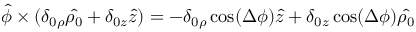
\hat { \phi } \times ( \delta _ { 0 \rho } \hat { \rho _ { 0 } } + \delta _ { 0 z } \hat { z } ) = - \delta _ { 0 \rho } \cos ( \Delta \phi ) \hat { z } + \delta _ { 0 z } \cos ( \Delta \phi ) \hat { \rho _ { 0 } }